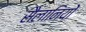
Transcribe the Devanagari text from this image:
सैलानियों